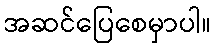
အဆင်ပြေစေမှာပါ။